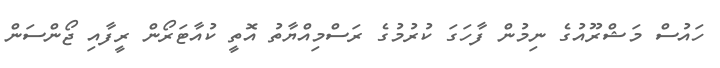
ހައުސް މަޝްރޫއުގެ ނިމުން ފާހަގަ ކުރުމުގެ ރަސްމިއްޔާތު އޮތީ ކުއާޓަރޯން ރީފާއި ޖޯންސަން